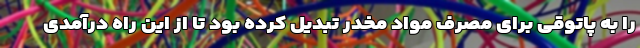
را به پاتوقی برای مصرف مواد مخدر تبدیل کرده بود تا از این راه درآمدی